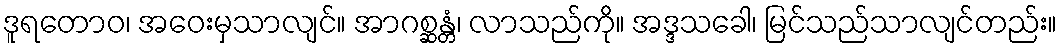
ဒူရတောဝ၊ အဝေးမှသာလျင်။ အာဂစ္ဆန္တံ၊ လာသည်ကို။ အဒ္ဒသခေါ၊ မြင်သည်သာလျင်တည်း။